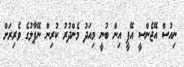
ނިއުސް އޭޖެންސީ އޭޕީ އިން ބުނީ މިއަދު މެންދުރު ކުރިން ނޭޕާލުގެ ވެރިރަށް